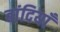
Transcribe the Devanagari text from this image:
बांदियाँ